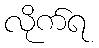
လိုက်ရ